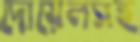
দোয়েলসহ